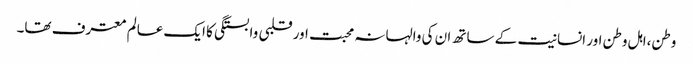
وطن،اہل وطن اور انسانیت کے ساتھ ان کی والہانہ محبت اور قلبی وابستگی کا ایک عالم معترف تھا۔